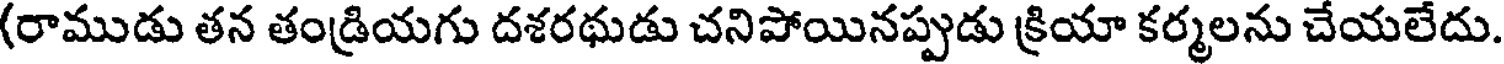
(రాముడు తన తండ్రియగు దశరథుడు చనిపోయినప్పుడు క్రియా కర్మలను చేయలేదు.